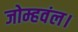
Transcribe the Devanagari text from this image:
जोम्हवंल।